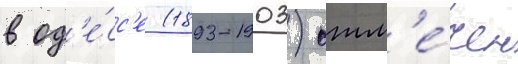
в од'е́сс'е (1893-1903) отм'е́чен